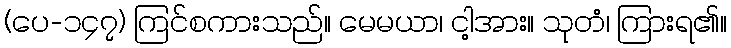
(ပေ-၁၄၇) ကြင်စကားသည်။ မေမယာ၊ ငါ့အား။ သုတံ၊ ကြားရ၏။